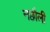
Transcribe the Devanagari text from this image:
नछौली